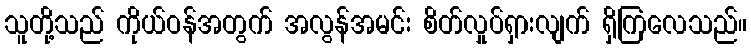
သူတို့သည် ကိုယ်ဝန်အတွက် အလွန်အမင်း စိတ်လှုပ်ရှားလျက် ရှိကြလေသည်။